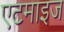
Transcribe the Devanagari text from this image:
एटमाइज